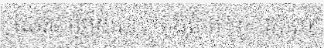
សេវាកម្មមួយនេះកំពុងតែមានការពេញ